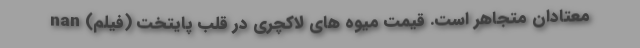
معتادان متجاهر است. قیمت میوه های لاکچری در قلب پایتخت (فیلم) nan